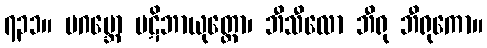
၇၃၁။ ပဂဗ္ဘော ပဋိဘာယုတ္တော၊ ဘီသီလော ဘီရု ဘီရုကော။